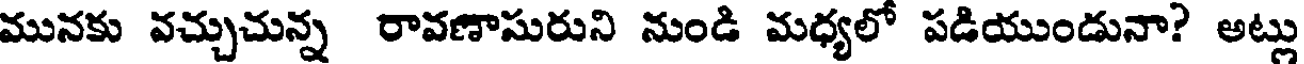
మునకు వచ్చుచున్న రావణాసురుని నుండి మధ్యలో పడియుండునా? అట్లు